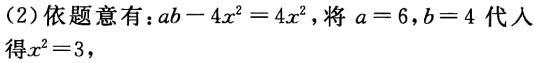
（2）依题意有：\(ab - 4x^{2} = 4x^{2}\)，将 \(a = 6\)，\(b = 4\) 代入得 \(x^{2}=3\)，